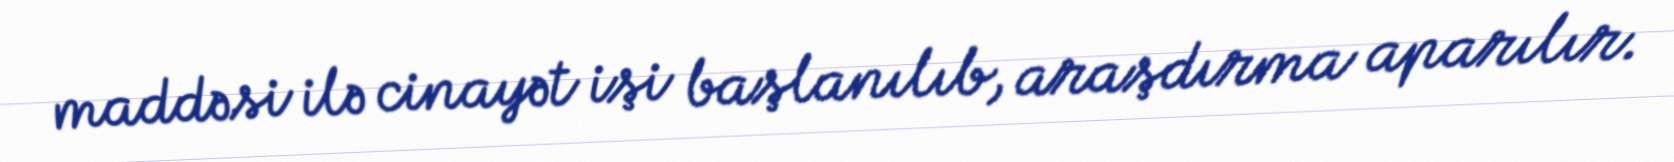
maddəsi ilə cinayət işi başlanılıb, araşdırma aparılır.